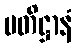
ပတိဋ္ဌာနံ